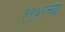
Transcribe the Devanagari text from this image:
१९५९च्या